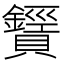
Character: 𧸶